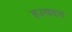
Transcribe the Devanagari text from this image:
हल्वदन